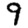
Digit: 9